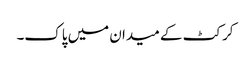
کرکٹ کے میدان میں پاک۔